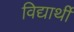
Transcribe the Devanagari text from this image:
विद्यार्थीं